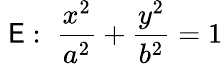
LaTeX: \; \mathsf{E}:\; {\frac{{x^{2}}}{{a^{2}}}}+{\frac{{y^{2}}}{{b^{2}}}}=1